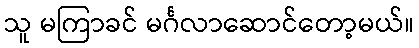
သူ မကြာခင် မင်္ဂလာဆောင်တော့မယ်။